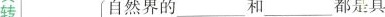
转自然界的___和___都是具